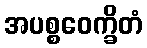
အပစ္စဝေက္ခိတံ